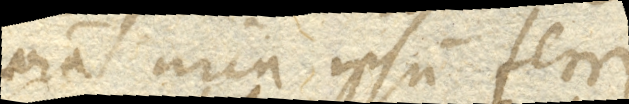
omnia circa ipsum ferri.